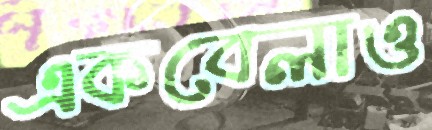
একবেলাও